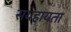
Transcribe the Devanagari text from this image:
सयहायता